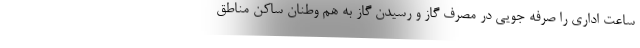
ساعت اداری را صرفه جویی در مصرف گاز و رسیدن گاز به هم وطنان ساکن مناطق